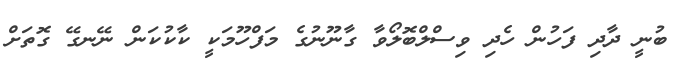
ބުނީ ދާދި ފަހުން ހެދި ވިސްލްބޮލޯވާ ގާނޫނުގެ މަފްހޫމަކީ ކާކުކަން ނޭނގޭ ގޮތަށް